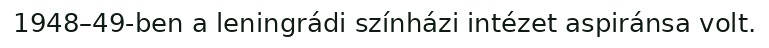
1948–49-ben a leningrádi színházi intézet aspiránsa volt.